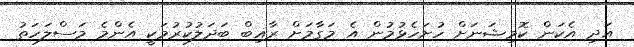
އަދި އެކަން ކޮމިޝަނަށް ހުށަހެޅުމުން އެ މަގާމަށް ރާޣިބް ބަދަލުކުރުމަކީ އެންމެ މަސްލަހަތު